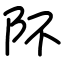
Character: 阫